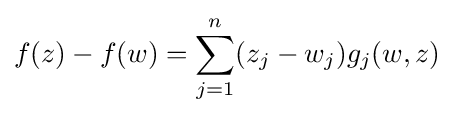
f(z)-f(w)=\sum _{j=1}^{n}(z_{j}-w_{j})g_{j}(w,z)